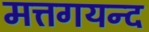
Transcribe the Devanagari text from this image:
मत्तगयन्द